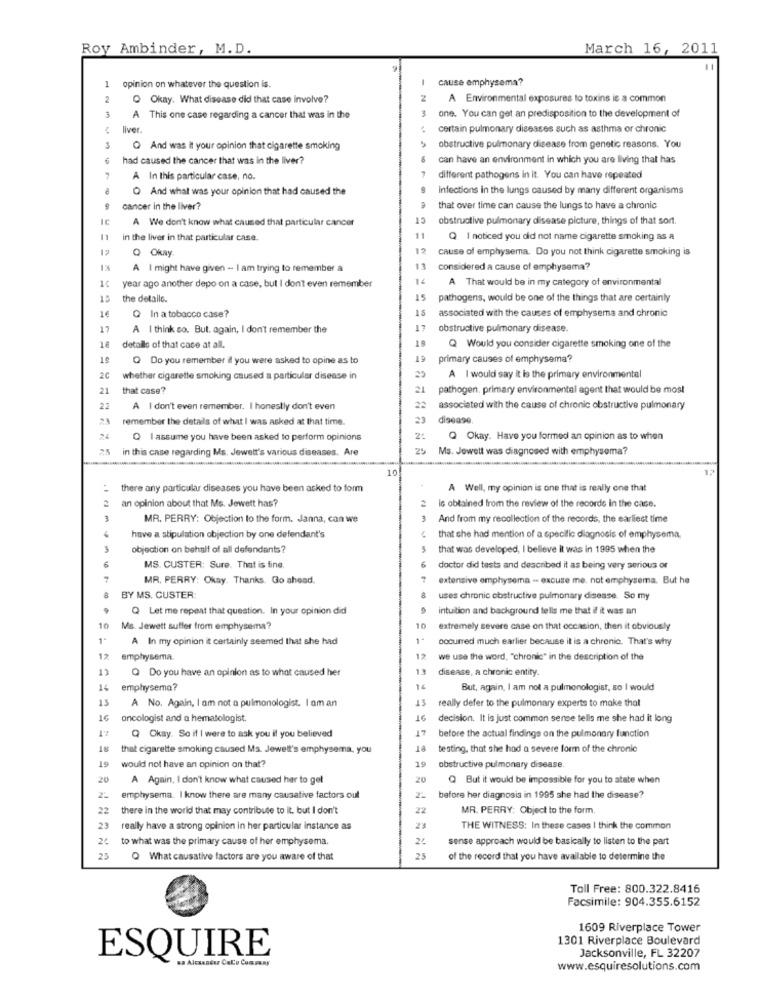
Roy Ambinder, M.D.
March 16, 2011
1
-
cause emphysema?
opinion on whatever the question is.
2
Okay. What disease did that case involve?
2
A Environmental exposures to toxins is a common
3
A This one case regarding a cancer that was in the
one. You can get an predisposition to the development of
liver.
certain pulmonary diseases such as asthma or chronic
3
Q And was it your opinion that cigarette smoking
obstructive pulmonary disease from genetic reasons. You
6
had caused the cancer that was in the liver?
can have an environment in which you are living that has
7
A In this particular case, no.
different pathogens in it. You can have repeated
Q And what was your opinion that had caused the
infections in the lungs caused by many different organisms
cancer in the liver?
that over time can cause the lungs to have a chronic
A We don't know what caused that particular cancer
13
obstructive pulmonary disease picture, things of that sort.
11
in the liver in that particular case.
11
Q I noticed you did not name cigarette smoking as a
12
Q Okay.
12
cause of emphysema. Do you not think cigarette smoking is
A I might have given - I am trying to remember a
13
considered a cause of emphysema?
14
A That would be in my category of environmental
year ago another depo on a case, but I don't even remember
15
the details.
15
pathogens, would be one of the things that are certainly
1€
15
associated with the causes of emphysema and chronic
Q In a tobacco case?
17
A I think so. But. again, I don't remember the
obstructive pulmonary disease.
18
details of that case at all.
Q Would you consider cigarette smoking one of the
19
Q Do you remember il you were asked to opine as to
primary causes of emphysema?
2C
25
whether cigarette smoking caused a particular disease in
A I would say it is the primary environmentel
21
that case?
21
pathogen. primary environmental agent that would be most
2.2
A I don't even remember. I honestly don't even
22
associated with the cause of chronic obstructive pulmonary
remember the details of what I was asked at that time.
disease.
Q I assume you have been asked to perform opinions
2:
Q Okay. Have you formed an opinion as to when
in this case regarding Ms. Jewett's various diseases. Are
Ms. Jewett was diagnosed with emphysema?
10
- there any particular diseases you have been asked to form
A Well, my opinion is one that is really one that
2
an opinion about that Ms. Jewett has?
is obtained from the review of the records in the case.
3
MR. PERRY: Objection to the form. Janna, can we
And from my recollection of the records, the earliest time
6
have a stipulation objection by one defendant's
that she had mention of a specific diagnosis of emphysema,
objection on behalf of all defendants?
that was developed, I believe it was in 1995 when the
6
MS. CUSTER: Sure. That is fine.
doctor did tests and described it as being very serious or
7
MR. PERRY: Okay. Thanks. Go ahead.
extensive emphysema - excuse me, not emphysema. But he
BY MS. CUSTER:
uses chronic obstructive pulmonary disease. So my
Q Let me repeat that question. In your opinion did
intuition and background tells me that if it was an
10
Ms. Jewett suffer from emphysema?
10
extremely severe case on that occasion, then it obviously
A In my opinion it certainly seemed that she had
occurred much earlier because it is a chronic. That's why
12
emphysema.
we use the word, "chronic" in the description of the
11
Q Do you have an opinion as to what caused her
disease, a chronic entity.
14
emphysema?
But, again, I am not a pulmonologist, so I would
15
really defer to the pulmonary experts to make that
A No. Again, I am not a pulmonologist. I am an
16
oncologist and a hematologist.
decision. It is just common sense tells me she had it long
17
RT
Q Okay. So if I were to ask you if you believed
before the actual findings on the pulmonary function
that cigarette smoking caused Ms. Jewett's emphysema, you
testing. that she had a severe form of the chronic
19
19
would not have an opinion on that?
obstructive pulmonary disease.
20
A Again, I don't know what caused her to get
20
Q But it would be impossible for you to state when
emphysema. I know there are many causative factors oul
before her diagnosis in 1995 she had the disease?
22
there in the world that may contribute to it. but I don't
22
MR. PERRY: Object to the form.
23
really have a strong opinion in her particular instance as
23
THE WITNESS: In these cases I think the common
26
to what was the primary cause of her emphysema.
24
sense approach would be basically to listen to the part
25
Q What causative factors are you aware of that
25
of the record that you have available to determine the
Toll Free: 800.322.8416
Facsimile: 904.355.6152
1609 Riverplace Tower
1301 Riverplace Boulevard
Jacksonville, FL 32207
ESQUIRE
www.esquiresolutions.com